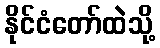
နိုင်ငံတော်ထဲသို့